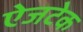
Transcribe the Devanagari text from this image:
ऐजटेक